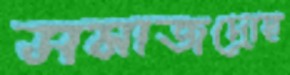
সমাজদ্রোহ